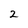
Character: 2